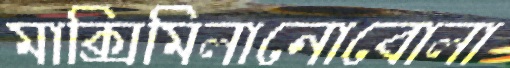
মাক্সিমিলানোবোলা